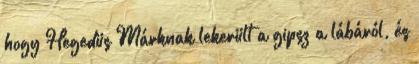
hogy Hegedüs Márknak lekerült a gipsz a lábáról, és